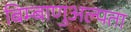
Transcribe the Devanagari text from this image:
बिम्बाणुअल्पता